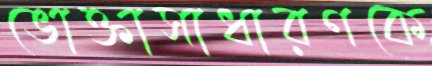
ভোক্তাসাধারণকে